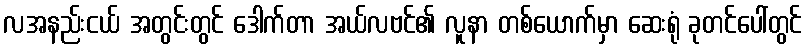
လအနည်းငယ် အတွင်းတွင် ဒေါက်တာ အယ်လဗင်၏ လူနာ တစ်ယောက်မှာ ဆေးရုံ ခုတင်ပေါ်တွင်